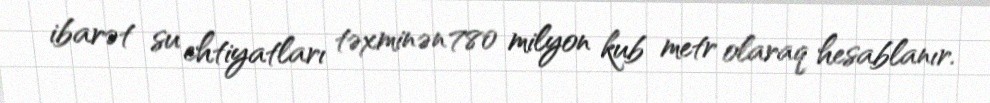
ibarət su ehtiyatları təxminən 780 milyon kub metr olaraq hesablanır.